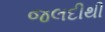
જલદીથી